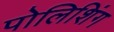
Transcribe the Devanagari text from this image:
पोलिशिंग